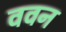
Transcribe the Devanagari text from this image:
ववन